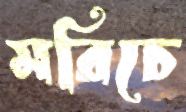
মরিচে